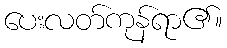
ပေးလတ်ကုန်ရာ၏။